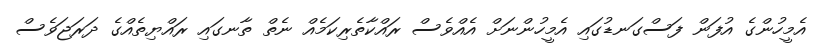
އެމީހުންގެ އުފަން ފަސްގަނޑުގައި އެމީހުންނަށް އެއްވެސް ރައްކާތެރިކަމެއް ނެތް ތާނގައި ރައްޔިތެއްގެ ދަރަޖަވެސް